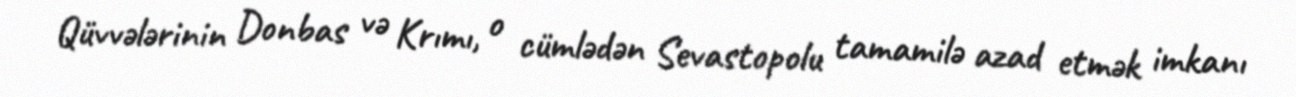
Qüvvələrinin Donbas və Krımı, o cümlədən Sevastopolu tamamilə azad etmək imkanı